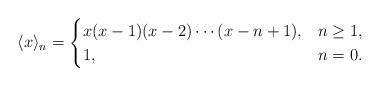
LaTeX: \begin{align*}\langle x\rangle_n=\begin{cases}x(x-1)(x-2)\dotsm(x-n+1), & n\ge1,\\1,& n=0.\end{cases}\end{align*}